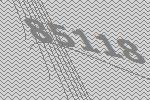
85118